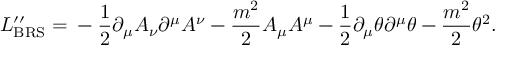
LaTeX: L _ { \mathrm { B R S } } ^ { \prime \prime } = \mathrm { } - \frac { 1 } { 2 } \partial _ { \mu } A _ { \nu } \partial ^ { \mu } A ^ { \nu } - \frac { m ^ { 2 } } { 2 } A _ { \mu } A ^ { \mu } - \frac { 1 } { 2 } \partial _ { \mu } \theta \partial ^ { \mu } \theta - \frac { m ^ { 2 } } { 2 } \theta ^ { 2 } .